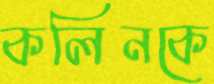
কলিনকে